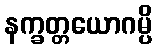
နက္ခတ္တယောဂမ္ပိ